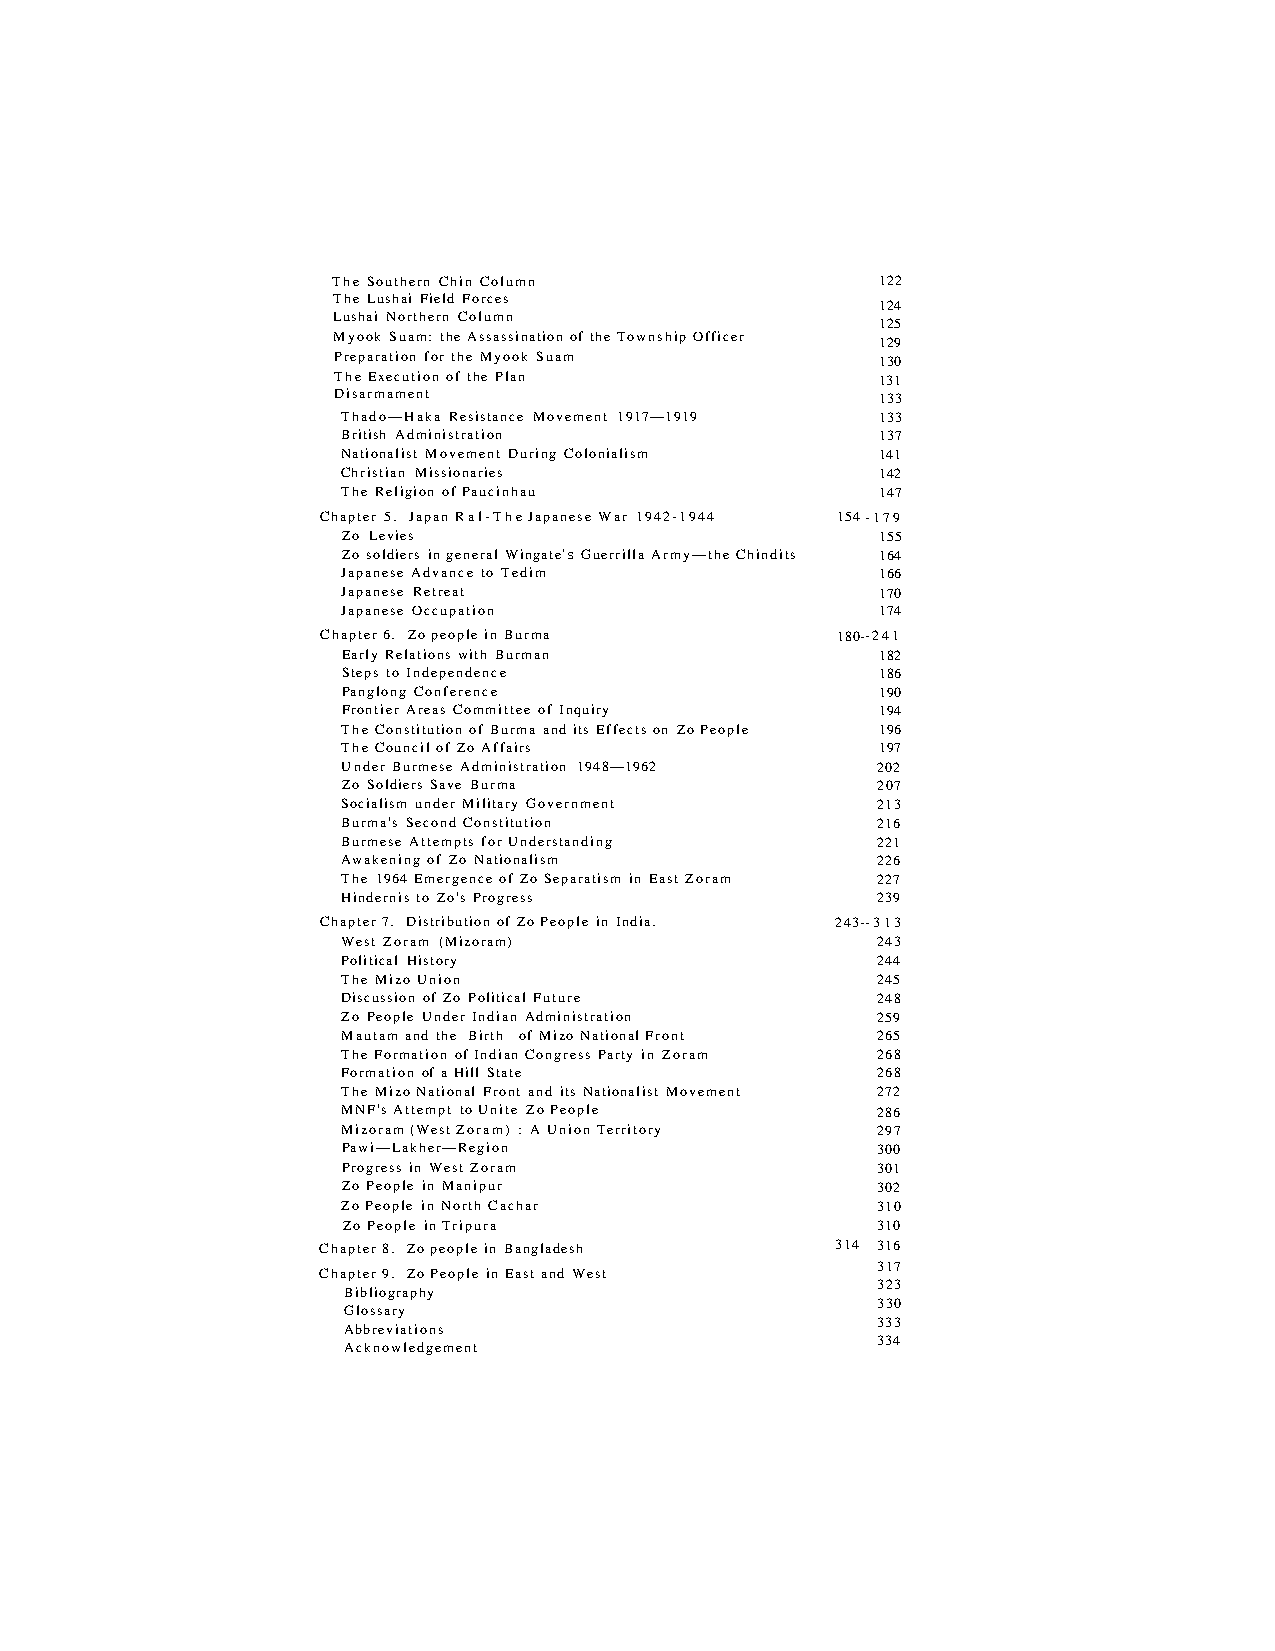
The Southern Chin Column            122
 The Lushai Field Forces
 112244
 Lushai Northern Column
 112255
 Myook Suam: the Assassination of the Township Officer 129
 Preparation for the Myook Suam      130
 The Execution of the Plan           131
 Disarmament                         133
 Thado—Haka Resistance Movement 1917—1919 133
 British Administration             137
 Nationalist Movement During Colonialism 141
 Christian Missionaries             142
 The Religion of Paucinhau          147
 Chapter 5. Japan Ral-The Japanese War 1942-1944 154 -179
 Zo Levies                          155
 Zo soldiers in general Wingate's Guerrilla Army—the Chindits 164
 Japanese Advance to Tedim          166
 Japanese Retreat                   170
 Japanese Occupation                174
 Chapter 6. Zo people in Burma      180--241
 Early Relations with Burman        182
 Steps to Independence              186
 Panglong Conference                190
 Frontier Areas Committee of Inquiry 194
 The Constitution of Burma and its Effects on Zo People 196
 The Council of Zo Affairs          197
 Under Burmese Administration 1948—1962 202
 Zo Soldiers Save Burma             207
 Socialism under Military Government 213
 Burma's Second Constitution        216
 Burmese Attempts for Understanding 221
 Awakening of Zo Nationalism        226
 The 1964 Emergence of Zo Separatism in East Zoram 227
 Hindernis to Zo's Progress         239
 Chapter 7. Distribution of Zo People in India. 243--313
 West Zoram (Mizoram)               243
 Political History                  244
 The Mizo Union                     245
 Discussion of Zo Political Future  248
 Zo People Under Indian Administration 259
 Mautam and the Birth of Mizo National Front 265
 The Formation of Indian Congress Party in Zoram 268
 Formation of a Hill State          268
 The Mizo National Front and its Nationalist Movement 272
 MNF's Attempt to Unite Zo People   286
 Mizoram (West Zoram) : A Union Territory 297
 Pawi—Lakher—Region                 300
 Progress in West Zoram             301
 Zo People in Manipur               302
 Zo People in North Cachar          310
 Zo People in Tripura               310
 Chapter 8. Zo people in Bangladesh 314 316
 333331111177777
 Chapter 9. Zo People in East and West
 333332222233333
 Bibliography
 333333333300000
 Glossary
 333333333333333
 Abbreviations
 333333333344444
 Acknowledgement